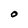
Character: O